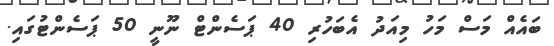
ބައެއް މަސް މަހު މިއަދު އެބަހުރި 40 ޕަސެންޓް ނޫނީ 50 ޕަސެންޓުގައި.